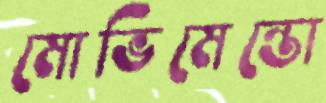
মোভিমেন্তো